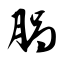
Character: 脶